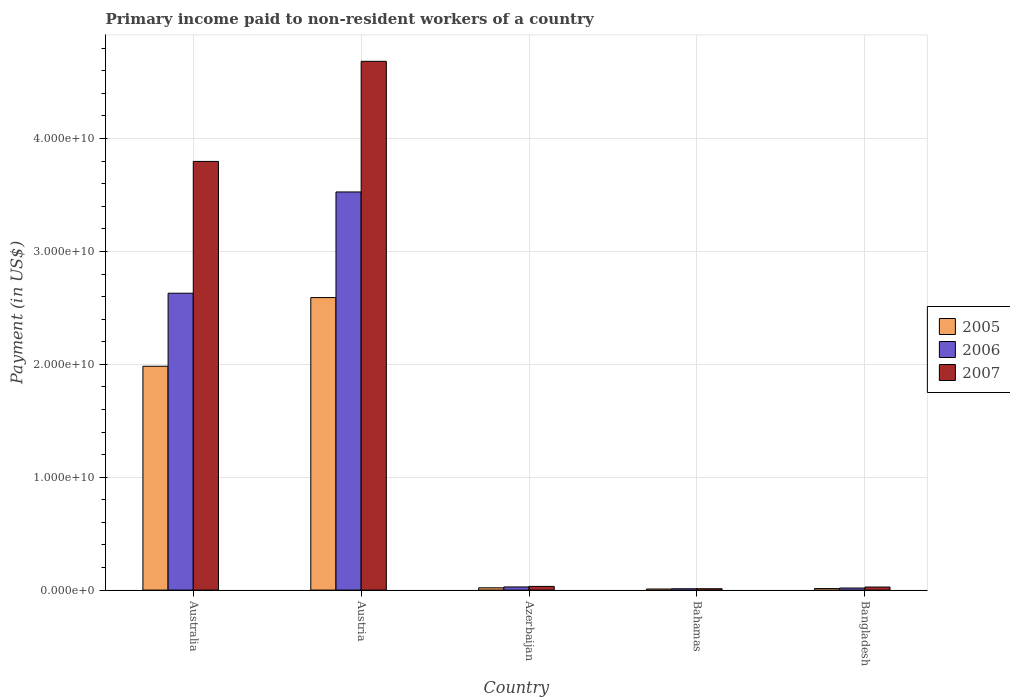
| Country | 2005 | 2006 | 2007 |
 | --- | --- | --- | --- |
 | Australia | 1.98e+10 | 2.63e+10 | 3.8e+10 |
 | Austria | 2.59e+10 | 3.53e+10 | 4.68e+10 |
 | Azerbaijan | 2.02e+08 | 2.8e+08 | 3.28e+08 |
 | Bahamas | 9.7e+07 | 1.19e+08 | 1.21e+08 |
 | Bangladesh | 1.35e+08 | 1.84e+08 | 2.72e+08 |